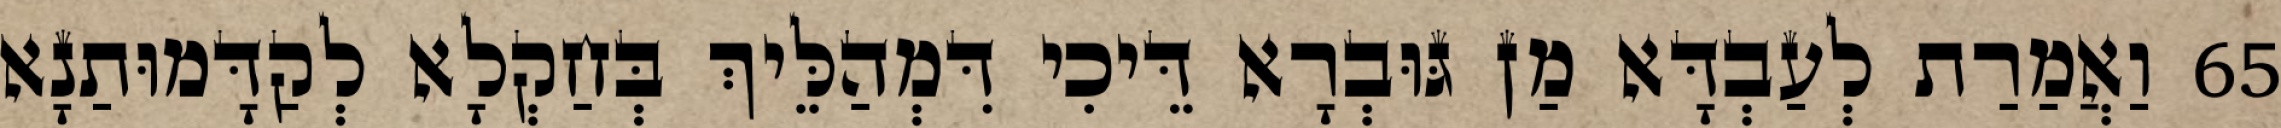
65 וַאֲמַרַת לְעַבְדָּא מַן גּוּבְרָא דֵּיכִי דִּמְהַלֵּיךְ בְּחַקְלָא לְקַדָּמוּתַנָא